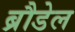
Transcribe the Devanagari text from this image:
ब्रौडेल